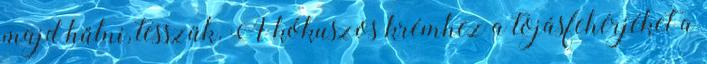
majd hűlni, tesszük. A kókuszos krémhez a tojásfehérjéket a